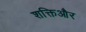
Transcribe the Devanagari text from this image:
शक्तिऔर